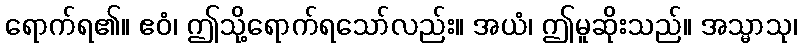
ရောက်ရ၏။ ဧဝံ၊ ဤသို့ရောက်ရသော်လည်း။ အယံ၊ ဤမူဆိုးသည်။ အသ္မာသု၊